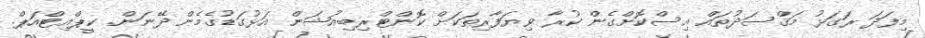
މިފަދަ ރަގަޅު މަޤްސަދުތައް އިސްކޮށްގެން ކުރާ ވިޔަފާރިތަކަށް ކޮންޓްރިބިއުޝަން އަޅުގަޑުގެމެން ދޭނަން. ކީޕްއިޓްއަޕް.